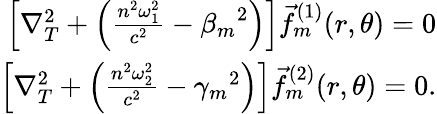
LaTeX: \begin{array}{r}{\left[\nabla_{T}^{2}+\left(\frac{n^{2}\omega_{1}^{2}}{c^{2}}-{\beta_{m}}^{2}\right)\right]\vec{f}_{m}^{(1)}(r,\theta)=0}\\ {\left[\nabla_{T}^{2}+\left(\frac{n^{2}\omega_{2}^{2}}{c^{2}}-{\gamma_{m}}^{2}\right)\right]\vec{f}_{m}^{(2)}(r,\theta)=0.}\end{array}